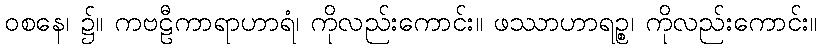
ဝစနေ၊ ၌။ ကဗဠီကာရာဟာရံ၊ ကိုလည်းကောင်း။ ဖဿာဟာရဉ္စ၊ ကိုလည်းကောင်း။